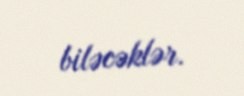
biləcəklər.